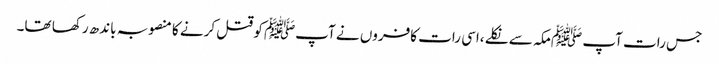
جس رات آپ ﷺمکہ سے نکلے ،اسی رات کافروں نے آپﷺ کو قتل کرنے کا منصوبہ باندھ رکھا تھا۔